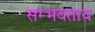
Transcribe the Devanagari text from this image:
सम्भवताय